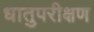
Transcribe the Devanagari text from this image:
धातुपरीक्षण